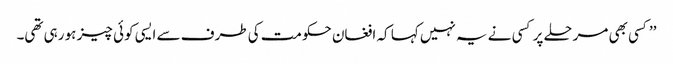
’’کسی بھی مرحلے پر کسی نے یہ نہیں کہا کہ افغان حکومت کی طرف سے ایسی کوئی چیز ہو رہی تھی۔